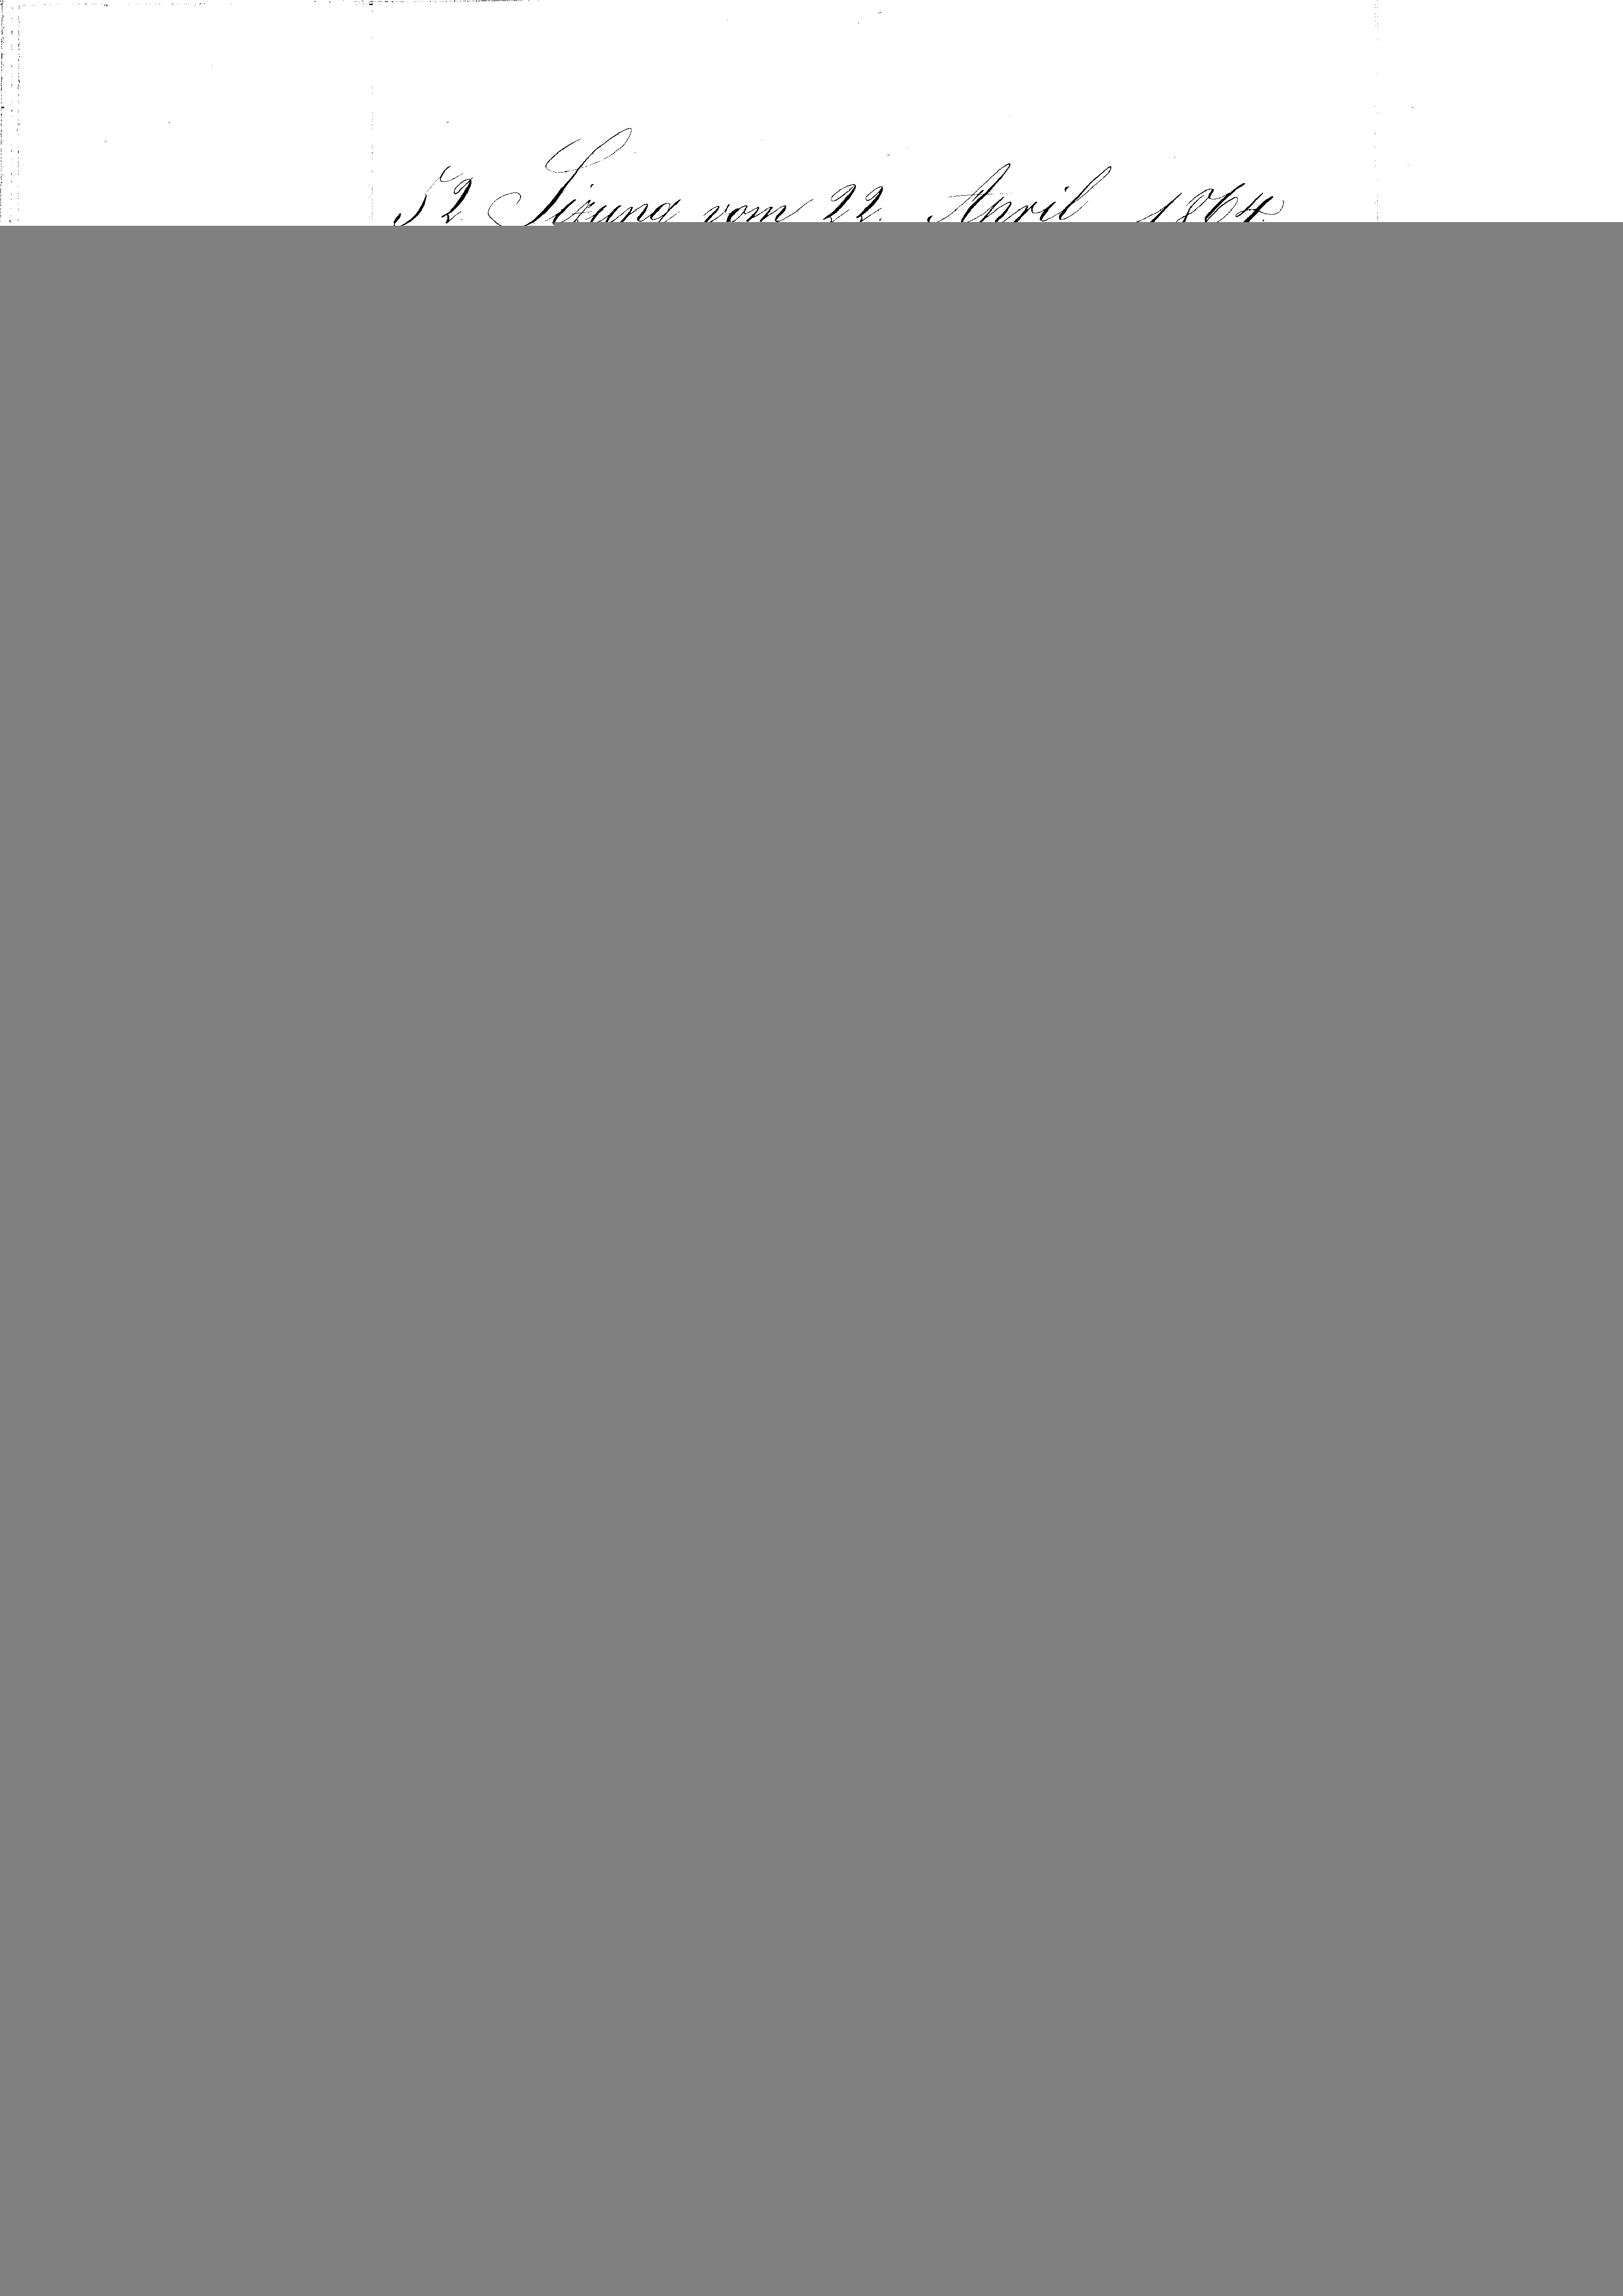
April 1864
2 Sizung vom 22.